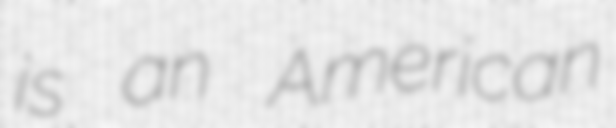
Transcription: is an American